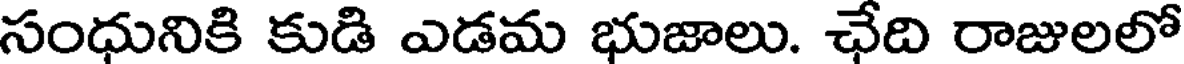
సంధునికి కుడి ఎడమ భుజాలు. ఛేది రాజులలో